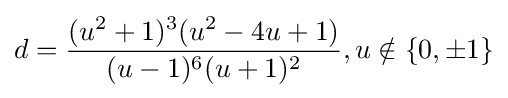
d={\frac {(u^{2}+1)^{3}(u^{2}-4u+1)}{(u-1)^{6}(u+1)^{2}}},u\notin \{0,\pm 1\}